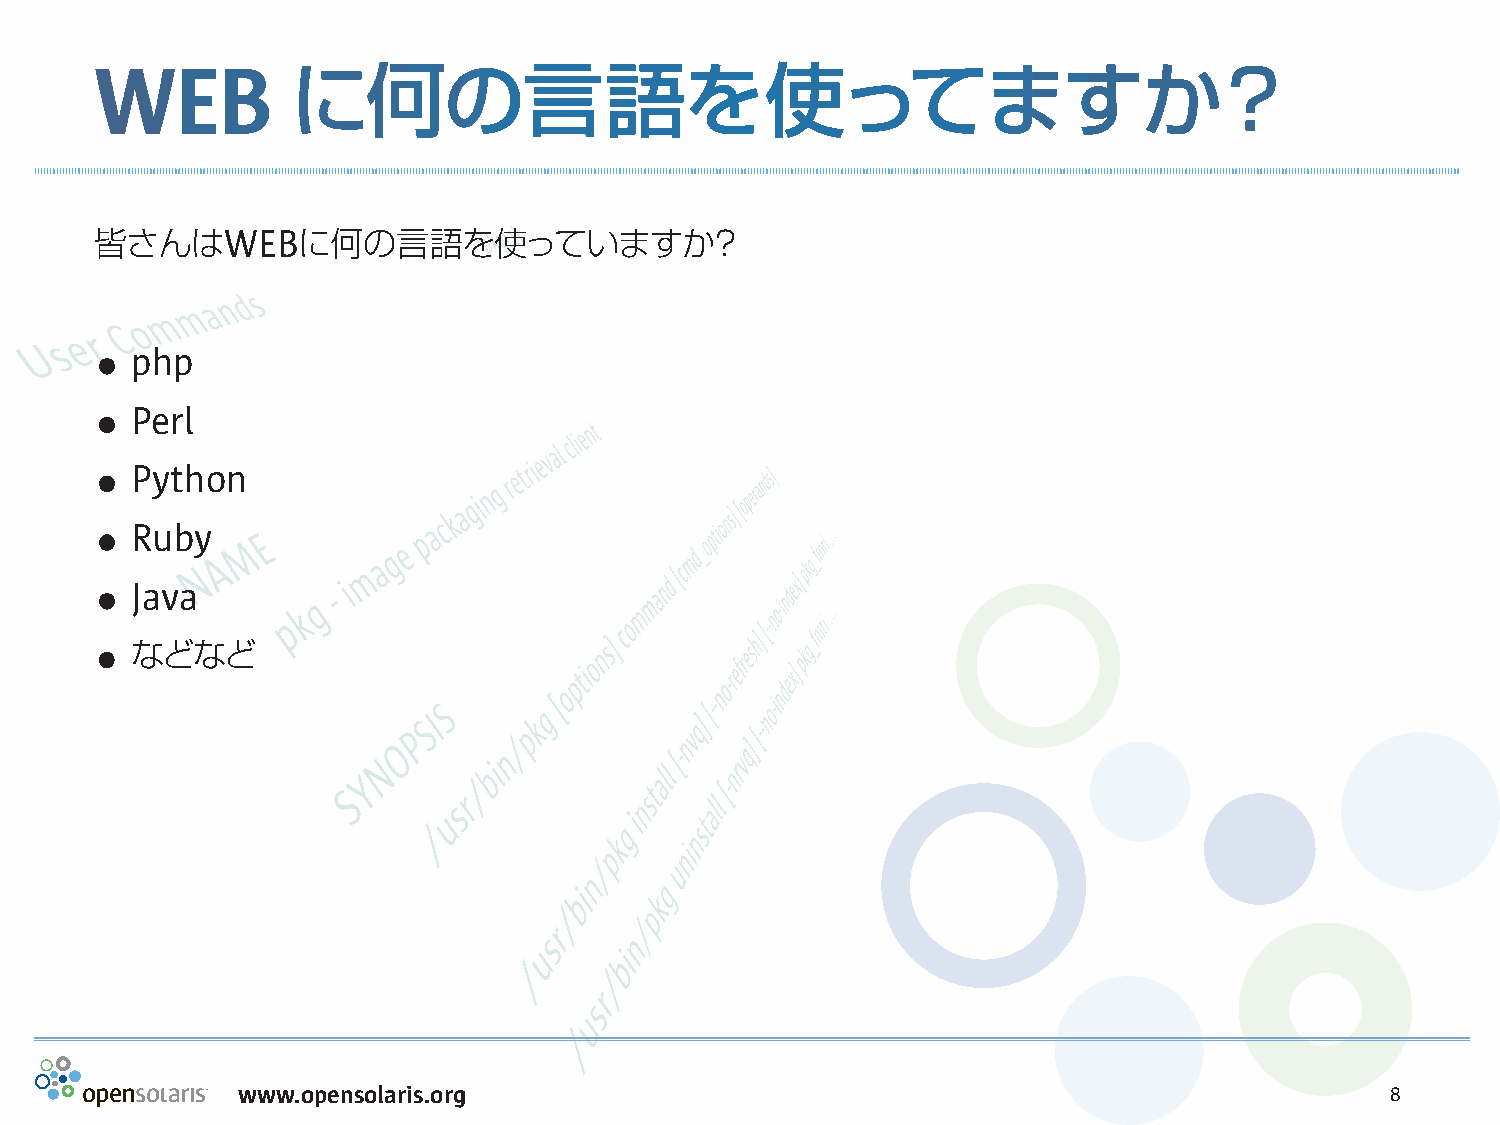
WEB          に何の言語を使ってますか？
 皆さんはWEBに何の言語を使っていますか？
 .
 php
 .
 Perl
 .
 Python
 .
 Ruby
 .
 Java
 .
 などなど
 www.opensolaris.org                                                         8